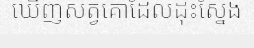
ឃើញសត្វគោដែលដុះស្នែង